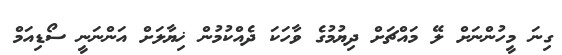
ގިނަ މީހުންނަށް ލޭ މައްޗަށް ދިޔުމުގެ ވާހަކަ ދެއްކުމުން ޚިޔާލަށް އަންނަނީ ސޯޑިއަމް